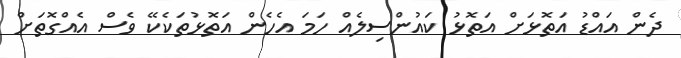
ދެން އައްޑު އަތޮޅަށް އަތޮޅު ކައުންސިލެއް ހަމަ އެހެން އަތޮޅުތަކެކޭ ވެސް އެއްގޮތަށް